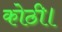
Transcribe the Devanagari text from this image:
कोठी।